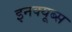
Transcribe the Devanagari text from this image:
इनक्यूब्स